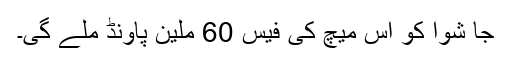
جا شوا کو اس میچ کی فیس 60 ملین پاؤنڈ ملے گی۔